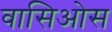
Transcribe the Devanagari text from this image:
वासिओस